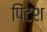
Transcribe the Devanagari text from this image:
पिंटश